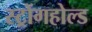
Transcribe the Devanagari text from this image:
स्ट्रोंगहोल्ड